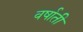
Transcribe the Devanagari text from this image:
वर्षाती